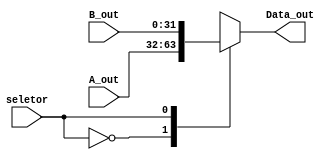
module mux_shiftSrcA(
    input wire seletor,
    input wire [31:0] A_out,
    input wire [31:0] B_out,
    output reg [31:0] Data_out
);

always@(*)begin
    case (seletor)
		2'd0:Data_out = A_out;
		2'd1:Data_out = B_out;
	endcase
end
endmodule